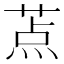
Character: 𬝐